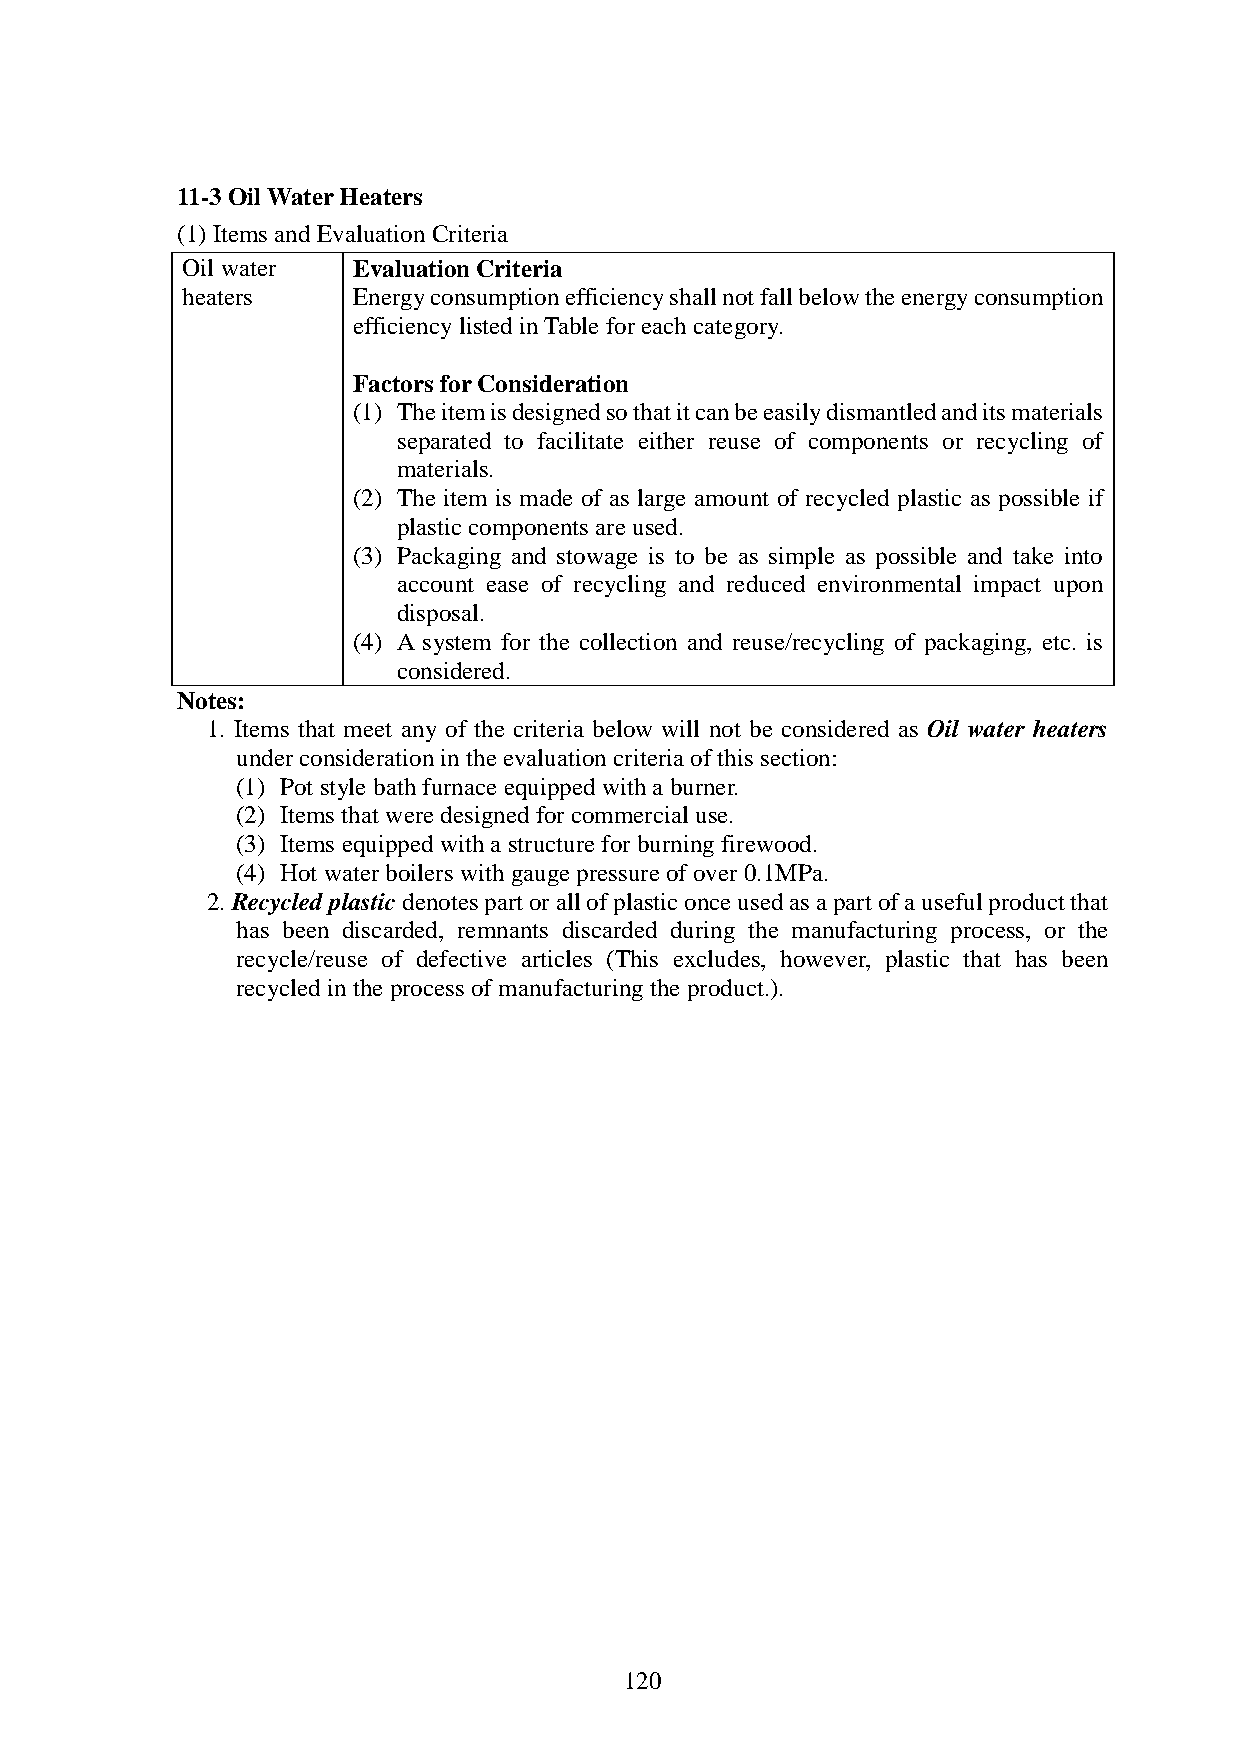
11-3 Oil Water Heaters
 (1) Items and Evaluation Criteria
 Oil water  Evaluation Criteria
 heaters    Energy consumption efficiency shall not fall below the energy consumption
 efficiency listed in Table for each category.
 Factors for Consideration
 (1) The item is designed so that it can be easily dismantled and its materials
 separated to facilitate either reuse of components or recycling of
 materials.
 (2) The item is made of as large amount of recycled plastic as possible if
 plastic components are used.
 (3) Packaging and stowage is to be as simple as possible and take into
 account ease of recycling and reduced environmental impact upon
 disposal.
 (4) A system for the collection and reuse/recycling of packaging, etc. is
 considered.
 Notes:
 1. Items that meet any of the criteria below will not be considered as Oil water heaters
 under consideration in the evaluation criteria of this section:
 (1) Pot style bath furnace equipped with a burner.
 (2) Items that were designed for commercial use.
 (3) Items equipped with a structure for burning firewood.
 (4) Hot water boilers with gauge pressure of over 0.1MPa.
 2. Recycled plastic denotes part or all of plastic once used as a part of a useful product that
 has been discarded, remnants discarded during the manufacturing process, or the
 recycle/reuse of defective articles (This excludes, however, plastic that has been
 recycled in the process of manufacturing the product.).
 120